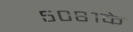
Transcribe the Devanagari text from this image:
५०८१के